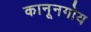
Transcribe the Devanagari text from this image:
कानूनगोय